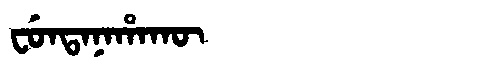
Manchu: ᠸᡠᠨᡨᠠᠨᠠᡥᠠᡴᡡ
Romanization: FUNTANAHAKŪ